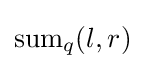
\operatorname {sum} _{q}(l,r)